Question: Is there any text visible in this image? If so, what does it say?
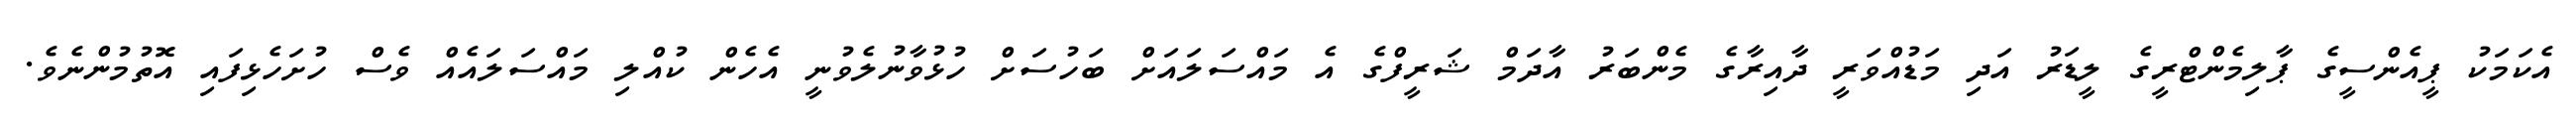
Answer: އެކަމަކު ޕީއެންސީގެ ޕާލިމެންޓްރީގެ ލީޑަރު އަދި މަޑުއްވަރީ ދާއިރާގެ މެންބަރު އާދަމް ޝަރީފްގެ އެ މައްސަލައަށް ބަހުސަށް ހުޅުވާނުލެވުނީ އެހެން ކުއްލި މައްސަލައެއް ވެސް ހުށަހެޅިފައި އޮތުމުންނެވެ.